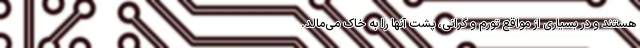
هستند و در بسیاری از مواقع تورم و گرانی، پشت آنها را به خاک می‌مالد.